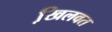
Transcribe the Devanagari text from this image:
खि़लवत